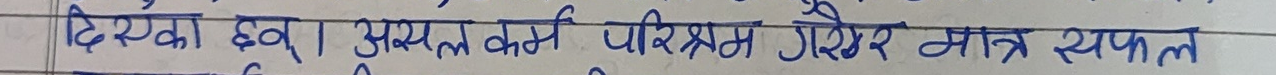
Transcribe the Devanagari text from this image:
दिस्का इव् । असफल कर्म परिश्रम गरेर मात्र सफल